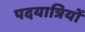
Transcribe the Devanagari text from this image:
पदयात्रियों